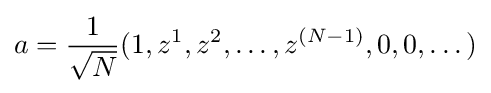
a={\frac {1}{\sqrt {N}}}(1,z^{1},z^{2},\dots ,z^{(N-1)},0,0,\dots )